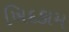
ખિદકામ